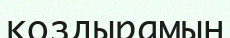
коздырамын